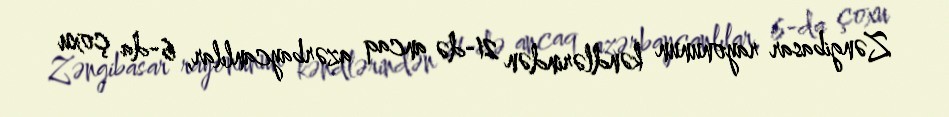
Zəngibasar rayonunun kəndlərindən 21-də ancaq azərbaycanlılar, 6-da çoxu